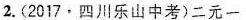
2.(2017·四川乐山中考)二元一